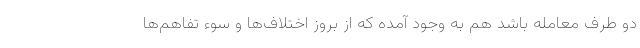
دو طرف معامله باشد هم به وجود آمده که از بروز اختلاف‌ها و سوء تفاهم‌ها